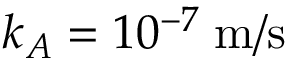
k _ { A } = 1 0 ^ { - 7 } \; \mathrm { m } / \mathrm { s }